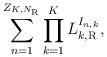
LaTeX: \begin{align*} \sum\limits_{n = 1}^{{Z_{K,{N_{\rm{R}}}}}} {\prod\limits_{k = 1}^K {L_{{k,{\rm{R}}}}^{{I_{n,k}}}} } ,\end{align*}